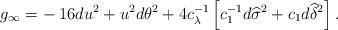
LaTeX: \begin{align*} g_\infty = - \: 16 du^2 + u^2 d\theta^2 + 4 c_\lambda^{-1} \left[ c_1^{-1} d\widehat{\sigma}^2 + c_1 d\widehat{\delta}^2 \right]. \end{align*}